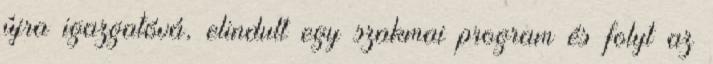
újra igazgatóvá, elindult egy szakmai program és folyt az